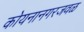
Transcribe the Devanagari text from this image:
कोयनानगरजवळ